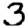
Digit: 3